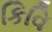
કિવિ